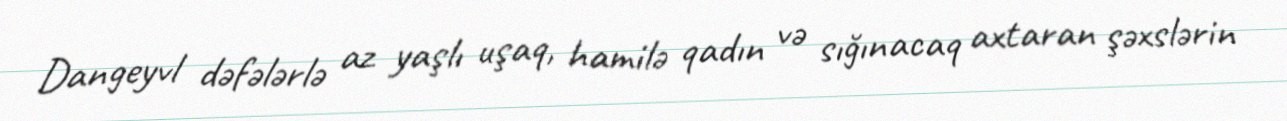
Dangeyvl dəfələrlə az yaşlı uşaq, hamilə qadın və sığınacaq axtaran şəxslərin